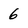
Character: 6